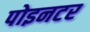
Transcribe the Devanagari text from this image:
पोइनटर